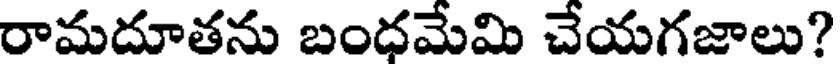
రామదూతను బంధమేమి చేయగజాలు?